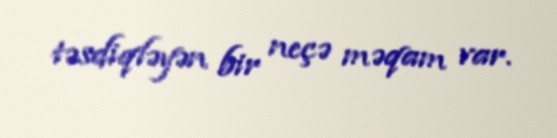
təsdiqləyən bir neçə məqam var.